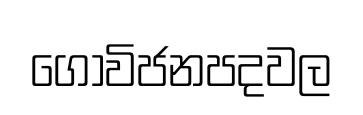
ගොවිජනපදවල